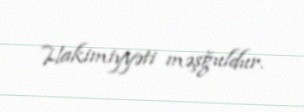
Hakimiyyəti məşğuldur.